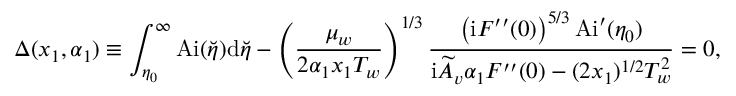
\Delta ( x _ { 1 } , \alpha _ { 1 } ) \equiv \int _ { \eta _ { 0 } } ^ { \infty } \mathrm { A i } ( \breve { \eta } ) \mathrm { d } \breve { \eta } - \left( \frac { \mu _ { w } } { 2 \alpha _ { 1 } x _ { 1 } T _ { w } } \right) ^ { 1 / 3 } \frac { \left( \mathrm { i } F ^ { \prime \prime } ( 0 ) \right) ^ { 5 / 3 } \mathrm { A i } ^ { \prime } ( \eta _ { 0 } ) } { \mathrm { i } \widetilde A _ { v } \alpha _ { 1 } F ^ { \prime \prime } ( 0 ) - ( 2 x _ { 1 } ) ^ { 1 / 2 } T _ { w } ^ { 2 } } = 0 ,